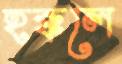
হক্কলে